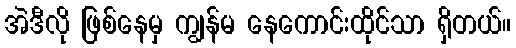
အဲဒီလို ဖြစ်နေမှ ကျွန်မ နေကောင်းထိုင်သာ ရှိတယ်။